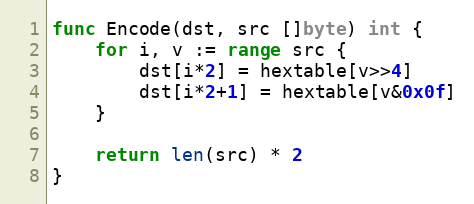
Language: Go
func Encode(dst, src []byte) int {
	for i, v := range src {
		dst[i*2] = hextable[v>>4]
		dst[i*2+1] = hextable[v&0x0f]
	}

	return len(src) * 2
}